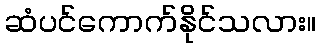
ဆံပင်ကောက်နိုင်သလား။